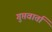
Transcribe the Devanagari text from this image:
गुप्तवार्ता